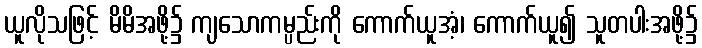
ယူလိုသဖြင့် မိမိအဖို့၌ ကျသောကမ္ပည်းကို ကောက်ယူအံ့၊ ကောက်ယူ၍ သူတပါးအဖို့၌